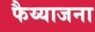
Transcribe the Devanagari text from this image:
फैय्याजना